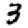
Digit: 3